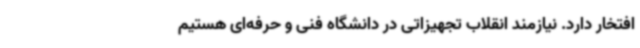
افتخار دارد. نیازمند انقلاب تجهیزاتی در دانشگاه فنی و حرفه‌ای هستیم